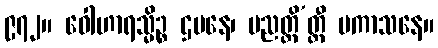
၉၇၂။ ဝေါဟာရသ္မိဉ္စ ဌပနေ၊ ပညတ္တိ’တ္ထီ ပကာသနေ။